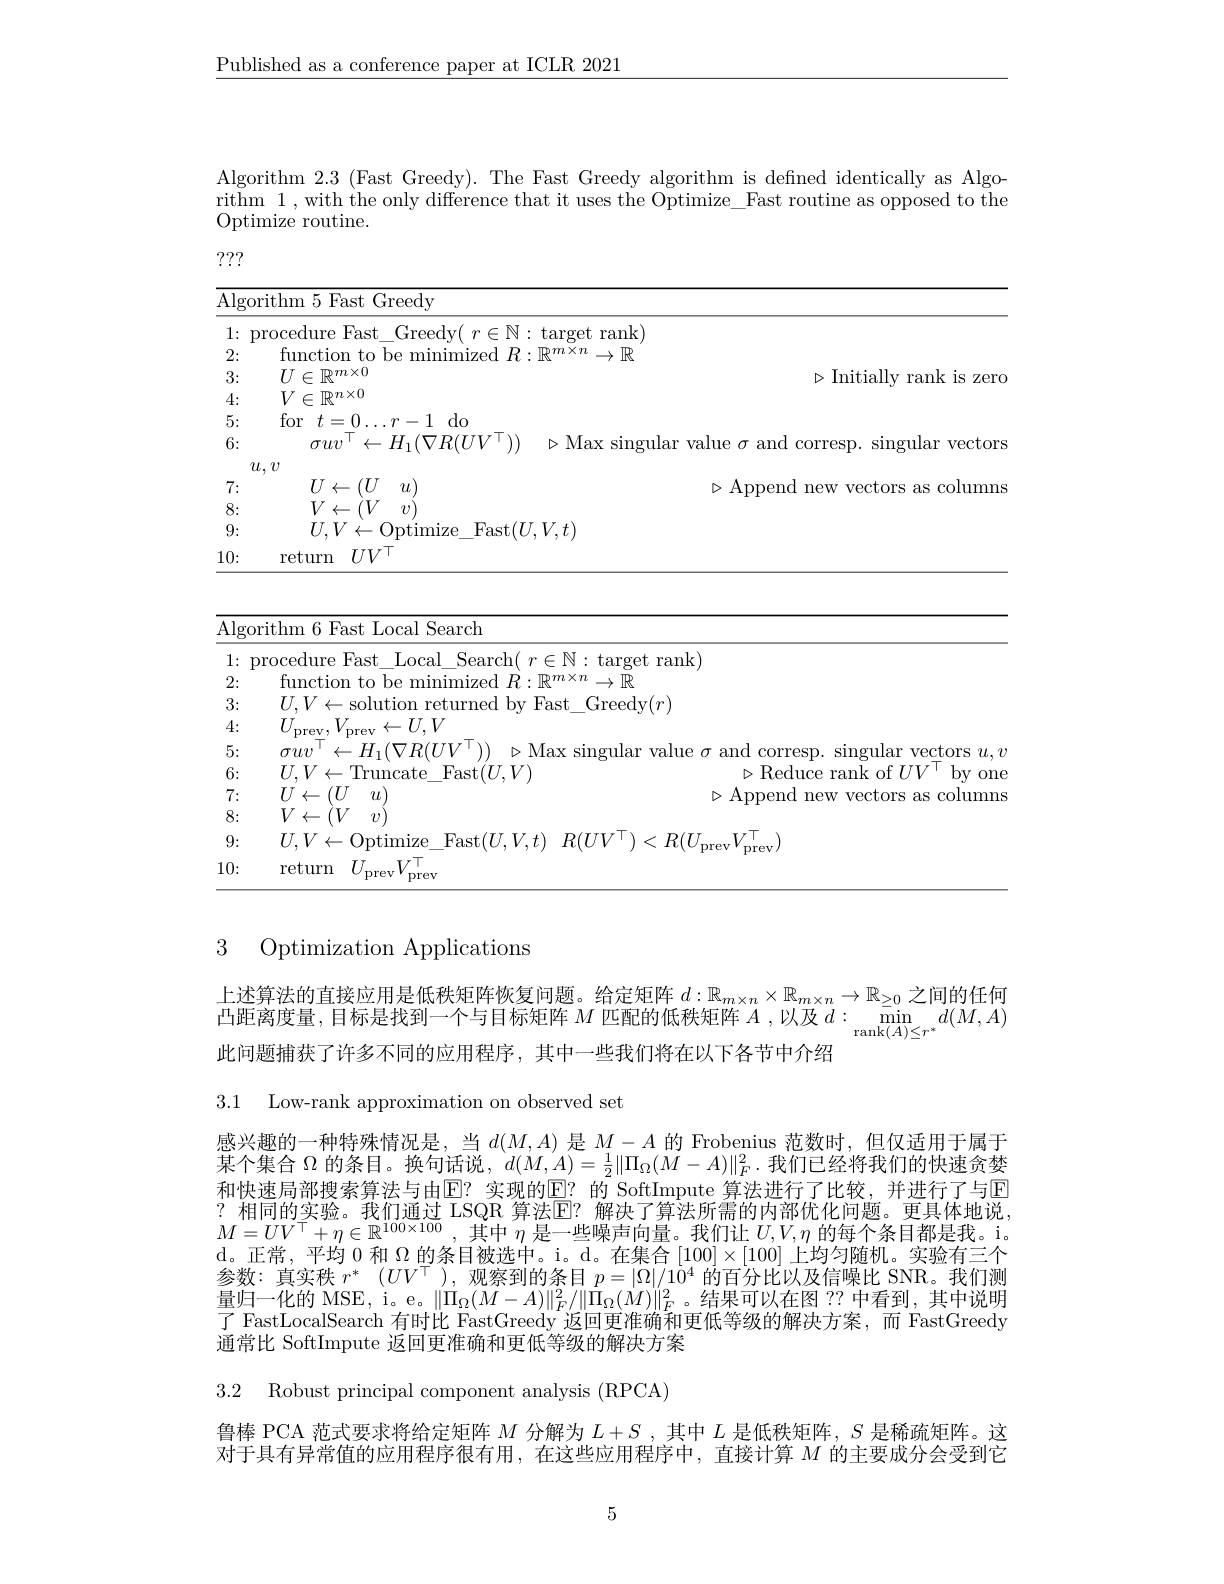
$\underline{\text{Published as a conference paper at ICLR 2021}}$

Algorithm 2.3 (Fast Greedy). The Fast Greedy algorithm is defined identically as Algorithm 1,with the only difference that it uses the Optimize\_Fast routine as opposed to the Optimize routine.

???

<table>
	<tbody>
		<tr>
			<td>$\overline{\mathrm{Alg}}$</td>
			<td>gorithm 5 Fast Greedy</td>
			<td> </td>
		</tr>
		<tr>
			<td>1: $a$ -</td>
			<td>procedure Fast $\operatorname { \mathrm{Greedv}} ($ $r\in \mathbb{N}$</td>
			<td>$\operatorname{target}$rank)</td>
		</tr>
		<tr>
			<td>2:</td>
			<td>function to be minimized $R$</td>
			<td>$m\times n$ $^{\iota}\to\mathbb{R}$</td>
		</tr>
		<tr>
			<td>3: </td>
			<td>$U\in\mathbb{R}^{m\times0}$</td>
			<td>$\triangleright$lnitiall 11 $zer($</td>
		</tr>
		<tr>
			<td>4:</td>
			<td>$V\in\mathbb{R}^{n\times0}$</td>
			<td> </td>
		</tr>
		<tr>
			<td>5:</td>
			<td>for$t=0\ldots r-1$ $do$ </td>
			<td> </td>
		</tr>
		<tr>
			<td>6:</td>
			<td>$\leftarrow H_{1}(\nabla R(UV$ $\sigma uv$</td>
			<td>. Mlay sinonlar $va|11$e amo singular $^{\bullet}$Vectors</td>
		</tr>
		<tr>
			<td> </td>
			<td>$u,v$</td>
			<td> </td>
		</tr>
		<tr>
			<td>7: 1</td>
			<td>$U\leftarrow(U$ $u$</td>
			<td>Annend 人</td>
		</tr>
		<tr>
			<td>8:</td>
			<td>$V\leftarrow(V$</td>
			<td> </td>
		</tr>
		<tr>
			<td>9:</td>
			<td>$U,V\leftarrow$Optimize Fast$( U$</td>
			<td>$V,t)$</td>
		</tr>
		<tr>
			<td>10:</td>
			<td>$UV^{\top}$ return</td>
			<td> </td>
		</tr>
	</tbody>
</table>

<table>
	<tbody>
		<tr>
			<td>$\overline{\mathrm{Alg}}.$ - 1</td>
			<td>rithm 6 Fast Local Search</td>
		</tr>
		<tr>
			<td>1: T</td>
			<td>target rank)</td>
		</tr>
		<tr>
			<td>2:</td>
			<td>function to 111 $\mathbb{R}^{m\times n}\to\mathbb{R}$</td>
		</tr>
		<tr>
			<td>3:</td>
			<td>$U.V\leftarrow$solution returned bv Fast Greedv$( r$</td>
		</tr>
		<tr>
			<td>4:</td>
			<td>${\mathcal J}_{\mathrm{prev}},V_{\mathrm{prev}}\leftarrow U,V$</td>
		</tr>
		<tr>
			<td>5:</td>
			<td>$\mathcal{T}\eta\iota$ vertors</td>
		</tr>
		<tr>
			<td>6:</td>
			<td>$rV\subset$Truncate Fast$( I) V$ Reduce rank of / V $v$ 0m</td>
		</tr>
		<tr>
			<td>7: 0</td>
			<td>$U\leftarrow(U$ $\eta\iota$ $\triangleright$Annend 1 new $v$Vectors 495 </td>
		</tr>
		<tr>
			<td>8:</td>
			<td>$V\leftarrow(V$ </td>
		</tr>
		<tr>
			<td>9:</td>
			<td>$VV\leftarrow()$ntin </td>
		</tr>
		<tr>
			<td>10: $\frac{1}{2}=\frac{1}{2}=\frac{1}{2}$</td>
			<td>return $TT$ $\tau$ $V^{| }$</td>
		</tr>
	</tbody>
</table>

3 Optimization Applications

上述算法的直接应用是低秩矩阵恢复问题。给定矩阵$d:\mathbb{R}_{m\times n}\times\mathbb{R}_{m\times n}\to\mathbb{R}_{\geq0}$之间的任何凸距离度量，目标是找到一个与目标矩阵$M$匹配的低秩矩阵$A$,以及$d:\min_\mathrm{rank}(A)\leq r^*d(M,A)$ 此问题捕获了许多不同的应用程序，其中一些我们将在以下各节中介绍

3.1 Low-rank approximation on observed set

感兴趣的一种特殊情况是，当$d(M,A)$是$M-A$的 Frobenius 范数时，但仅适用于属于某个集合$\Omega$的条目。换句话说，$d(M,A)=\frac12\|\Pi_{\Omega}(\dot{M}-A)\|_F^2.$我们已经将我们的快速贪婪和快速局部搜索算法与由$\color{red}{\mathrm{E}}?$ 实现的$\color{red}{\mathrm{E}}?$ 的 SoftImpute 算法进行了比较，并进行了与回?相同的实验。我们通过 LSQR 算法$\boxed{\mathrm{E}}?$ 解决了算法所需的内部优化问题。更具体地说， $M=UV^\top+\eta\in\mathbb{R}^{100\times100}$,其中$\eta$是一些噪声向量。我们让$U,V,\eta$的每个条目都是我。i。d。正常，平均0和$\Omega$的条目被选中。i。d。在集合$[100]\times[100]$上均匀随机。实验有三个参数：真实秩$r^*$ $( UV^\top ) $,观察到的条目$p=|\Omega|/1\dot{0}^4$的百分比以及信噪比 SNR。我们测量归一化的 MSE, i。e。$\|\Pi_{\Omega}(M-A)\|_{F}^{2}/\|\tilde{\Pi}_{\Omega}(\dot{M})\|_{F}^{2}$。结果可以在图 ?? 中看到，其中说明( FastlocalSearch 有 时 Y. FastGreedv 设 问 申 准 确 和 申 低 等 级 的 解 决 方 案 . 而 FastCreedv) 通常比 SoftImpute 返回更准确和更低等级的解决方案

3.2 Robust principal component analysis (RPCA)

鲁棒 PCA 范式要求将给定矩阵$M$分解为$L+S$ ,其中$L$是低秩矩阵，$S$是稀疏矩阵。这对于具有异常值的应用程序很有用，在这些应用程序中，直接计算$M$的主要成分会受到它

5